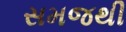
સમજથી